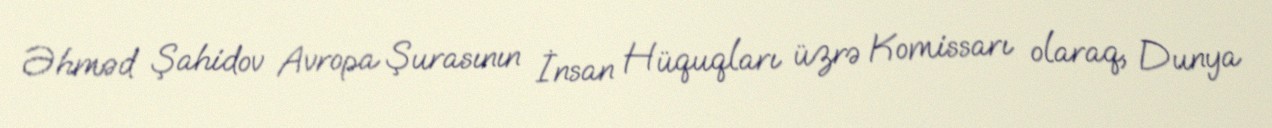
Əhməd Şahidov Avropa Şurasının İnsan Hüquqları üzrə Komissarı olaraq, Dunya